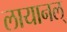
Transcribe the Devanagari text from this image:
लायानल्